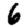
Digit: 6